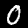
Digit: 0